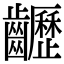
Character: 𪙽